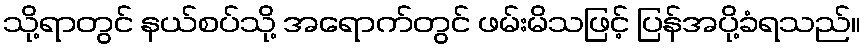
သို့ရာတွင် နယ်စပ်သို့ အရောက်တွင် ဖမ်းမိသဖြင့် ပြန်အပို့ခံရသည်။